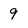
Character: 9